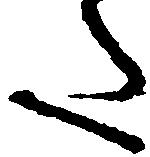
た